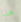
هنا